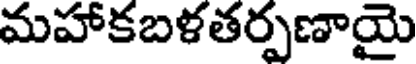
మహాకబళతర్పణాయై